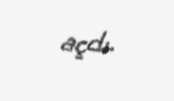
açdı.